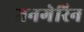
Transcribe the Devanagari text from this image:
तनगेरिन